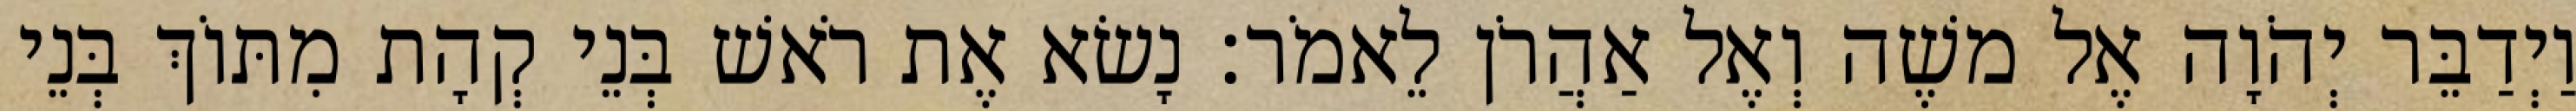
וַיְדַבֵּר יְהֹוָה אֶל משֶׁה וְאֶל אַהֲרֹן לֵאמֹר׃ נָשׂא אֶת רֹאשׁ בְּנֵי קְהָת מִתּוֹךְ בְּנֵי